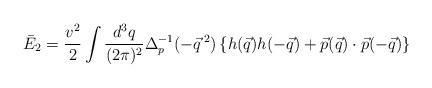
LaTeX: \begin{align*}\bar{E}_2=\frac{v^2}{2}\int \frac{d^3q}{(2\pi)^2} \Delta_p^{-1}(-\vec{q}\,^2)\left\{h(\vec{q})h(-\vec{q}) +\vec{p}(\vec{q})\cdot\vec{p}(-\vec{q})\right\} \end{align*}